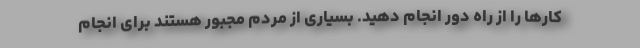
کارها را از راه دور انجام دهید. بسیاری از مردم مجبور هستند برای انجام